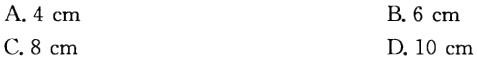
A. \(4\mathrm{cm}\)

B. \(6\mathrm{cm}\)

C. \(8\mathrm{cm}\)

D. \(10\mathrm{cm}\)